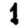
Digit: 1